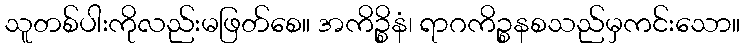
သူတစ်ပါးကိုလည်းမဖြတ်စေ။ အကိဉ္စိနံ၊ ရာဂကိဉ္စနစသည်မှကင်းသော။